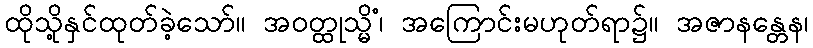
ထိုသို့နှင်ထုတ်ခဲ့သော်။ အဝတ္ထုသ္မိံ၊ အကြောင်းမဟုတ်ရာ၌။ အဇာနန္တေန၊